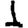
Digit: 1